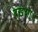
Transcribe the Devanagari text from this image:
बख़शा।